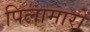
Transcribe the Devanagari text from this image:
पिलामारों